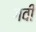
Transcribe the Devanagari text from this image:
गवी